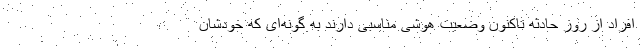
افراد از روز حادثه تاکنون وضعیت هوشی مناسبی دارند به گونه‌ای که خودشان